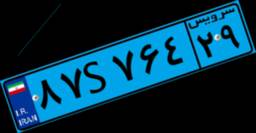
۸۷S۷۶۴۲۹